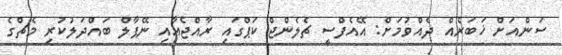
ސަންއަށް ޚަބަރެއް ދެއްވުމަށް: އޭއެފްސީ ޗެލެންޖް ކަޕްގައި ރާއްޖެއާއި ނޭޕާލް ބައްދަލުކުރި މެޗްގެ